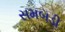
સમબડી